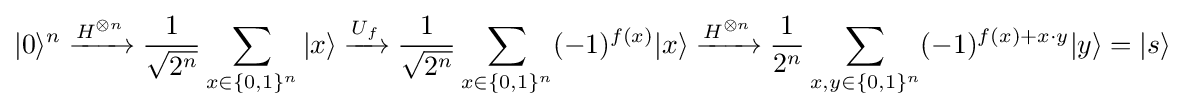
|0\rangle ^{n}\xrightarrow {H^{\otimes n}} {\frac {1}{\sqrt {2^{n}}}}\sum _{x\in \{0,1\}^{n}}|x\rangle \xrightarrow {U_{f}} {\frac {1}{\sqrt {2^{n}}}}\sum _{x\in \{0,1\}^{n}}(-1)^{f(x)}|x\rangle \xrightarrow {H^{\otimes n}} {\frac {1}{2^{n}}}\sum _{x,y\in \{0,1\}^{n}}(-1)^{f(x)+x\cdot y}|y\rangle =|s\rangle